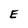
Character: E